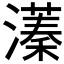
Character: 𬉔